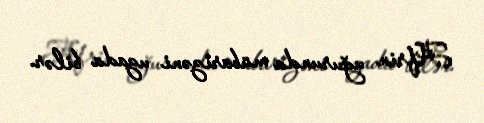
Afrin uğurunda mübarizəni uzada bilər.